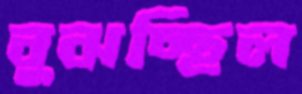
বুঝচ্ছিল